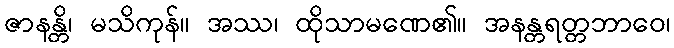
ဇာနန္တိ၊ မသိကုန်။ အဿ၊ ထိုသာမဏေ၏။ အနန္တရတ္တဘာဝေ၊